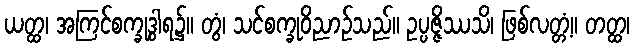
ယတ္ထ၊ အကြင်စက္ခုဒွါရ၌။ တွံ၊ သင်စက္ခုဝိညာဉ်သည်။ ဥပ္ပဇ္ဇိဿသိ၊ ဖြစ်လတ္တံ့။ တတ္ထ၊